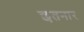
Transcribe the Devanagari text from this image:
छतनार